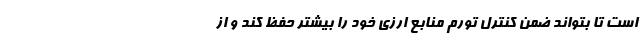
است تا بتواند ضمن کنترل تورم منابع ارزی خود را بیشتر حفظ کند و از